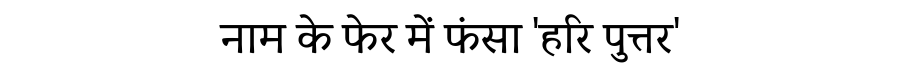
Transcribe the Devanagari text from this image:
नाम के फेर में फंसा 'हरि पुत्तर'